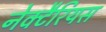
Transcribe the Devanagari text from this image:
नेक्टैरियस